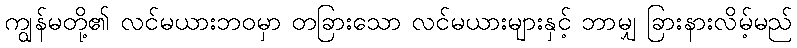
ကျွန်မတို့၏ လင်မယားဘဝမှာ တခြားသော လင်မယားများနှင့် ဘာမျှ ခြားနားလိမ့်မည်